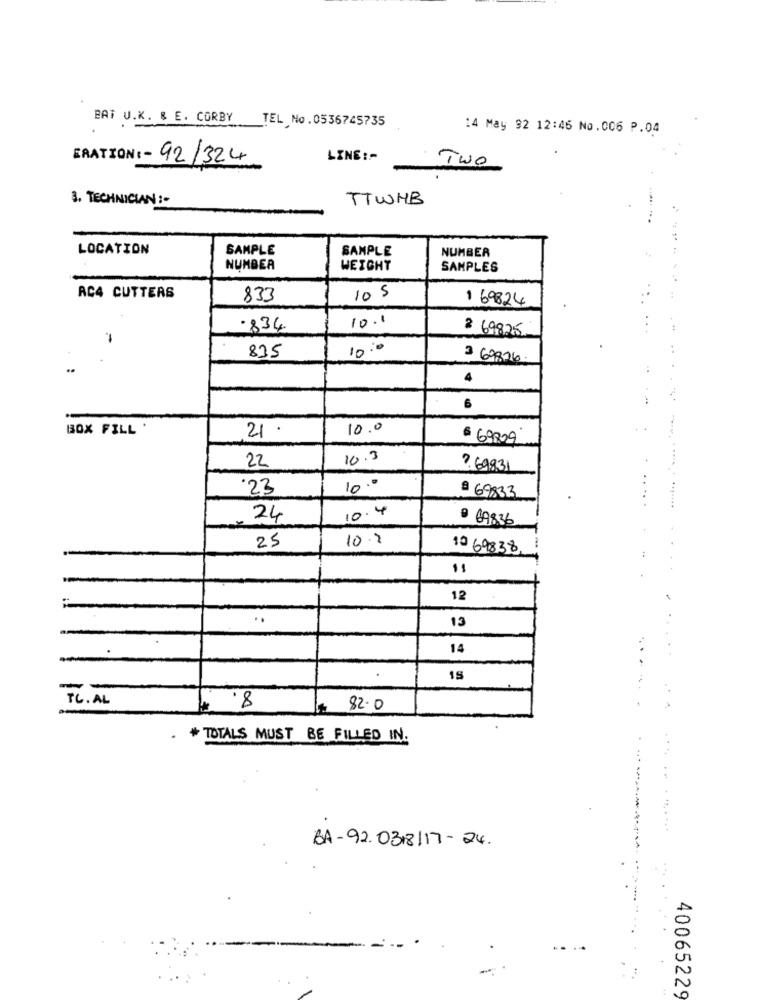
BAT U.K. & E. CORBY TEL No.0536745735
14 May 92 12:46 No.006 P.04
ERATION: - 92/324
LINE :-
Two
3. TECHNICIAN :-
TTWHB
LOCATION
SAMPLE
SAMPLE
NUMBER
NUMBER
WEIGHT
SAMPLES
AC4 CUTTERS
833
10 5
1 69824
10.1
.834
2 69825
10:"
835
3 69826.
4
6
BOX FILL .
21.
10.0
6 69829
10.3
.. ....
22
7.69831
23
10.º
@ 69833
24
10.4
9 69836
25
10.2
10 69838
12
..
13
14
15
-
TC. AL
8
82.0
* TOTALS MUST BE FILLED IN.
. ... . ...
BA-92.0318/17- 24.
40065229